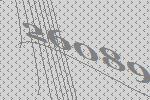
26089